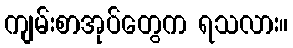
ကျမ်းစာအုပ်တွေက ရသလား။